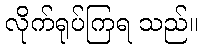
လိုက်ရုပ်ကြရ သည်။